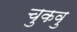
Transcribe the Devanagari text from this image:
चुकवु